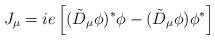
LaTeX: \begin{align*} J_\mu = ie \left[ (\tilde{D}_\mu \phi)^* \phi - (\tilde{D}_\mu \phi) \phi^* \right]\end{align*}